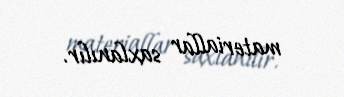
materiallar saxlanılır.